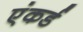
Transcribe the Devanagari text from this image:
एंकर्ड